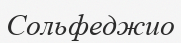
Сольфеджио